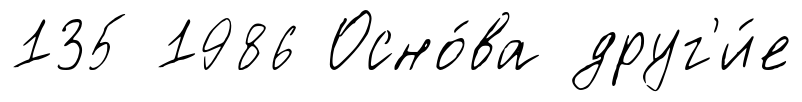
135 1986 Осно́ва друг'и́е